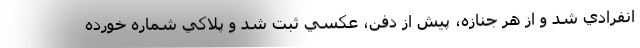
انفرادي شد و از هر جنازه، پيش از دفن، عكسي ثبت شد و پلاكي شماره خورده